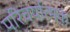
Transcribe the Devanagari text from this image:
परिचर्यात्मकं